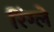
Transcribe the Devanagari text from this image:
रिंग्ले